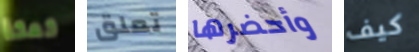
كعكة تعلق وأحضرها كيف